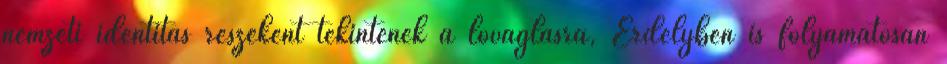
nemzeti identitás részeként tekintenek a lovaglásra, Erdélyben is folyamatosan